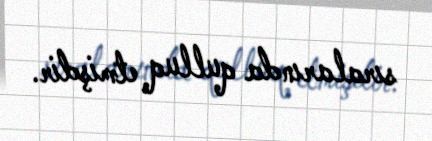
sıralarında qulluq etmişdir.